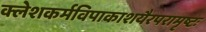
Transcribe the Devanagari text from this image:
क्लेशकर्मविपाकाशयैरपरामृष्टः